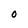
Character: O